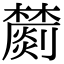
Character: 𣟈